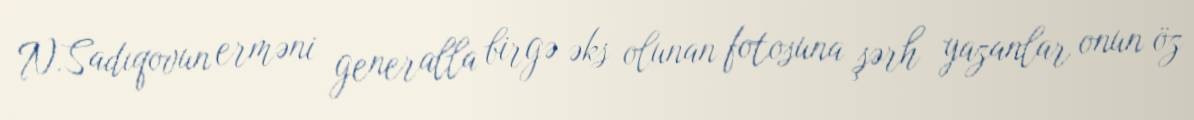
N.Sadıqovun erməni generalla birgə əks olunan fotosuna şərh yazanlar onun öz